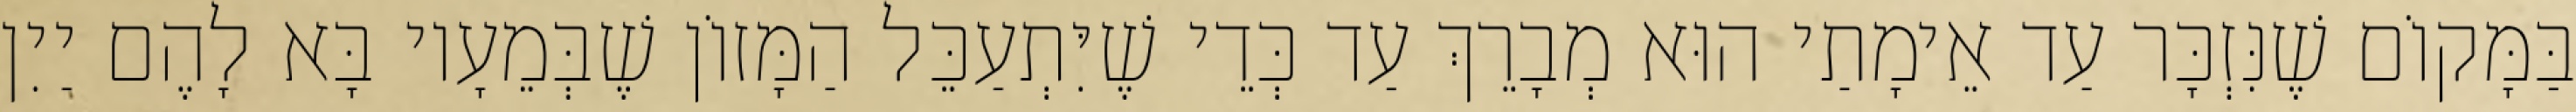
בַּמָּקוֹם שֶׁנִּזְכָּר עַד אֵימָתַי הוּא מְבָרֵךְ עַד כְּדֵי שֶׁיִּתְעַכֵּל הַמָּזוֹן שֶׁבְּמֵעָיו בָּא לָהֶם יַיִן